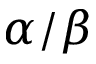
\alpha / \beta